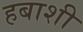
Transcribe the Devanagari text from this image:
हबाशी